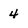
Character: 4